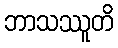
ဘာသဿူတိ